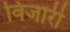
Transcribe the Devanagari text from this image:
विजारी